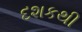
દશકથી